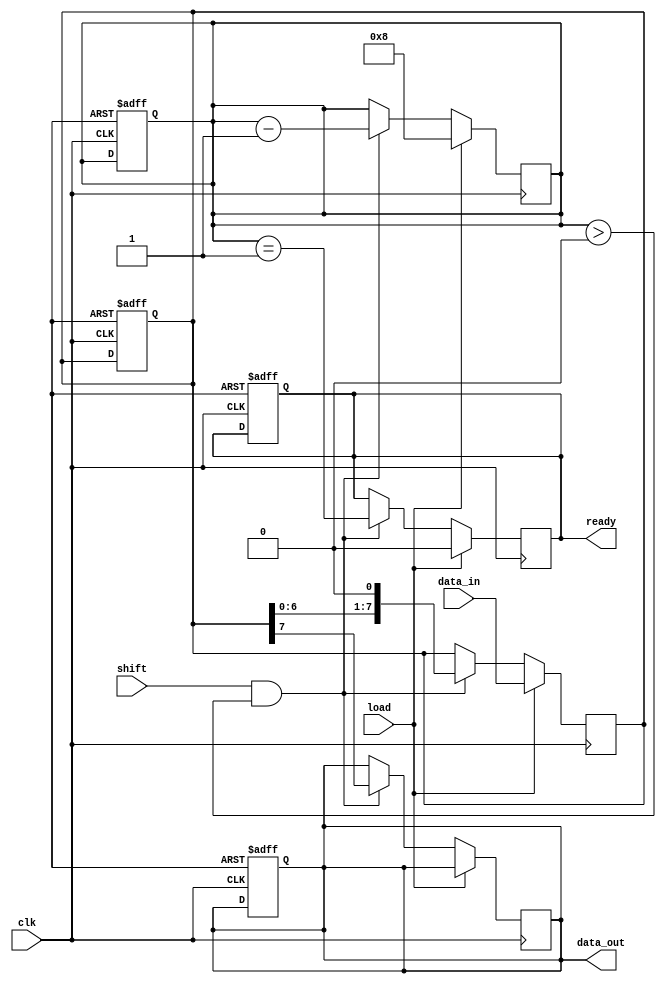
module PISO_Register #(
    parameter n = 8  // Width of the register (number of bits)
)(
    input wire clk,               // Clock signal
    input wire load,              // Load control signal
    input wire shift,             // Shift control signal
    input wire [n-1:0] data_in,   // Parallel input data bus
    output reg data_out,          // Serial output data line
    output reg ready              // Ready signal (optional)
);

reg [n-1:0] shift_reg;          // Shift register to hold the data
reg [3:0] bit_count;            // Count the number of bits shifted out

always @(posedge clk) begin
    if (load) begin
        // Load the data into the shift register
        shift_reg <= data_in;
        bit_count <= n;         // Initialize bit count to the width of the register
        ready <= 1'b0;          // Not ready while loading
    end else if (shift && bit_count > 0) begin
        // Shift the data out serially
        data_out <= shift_reg[n-1]; // Output the most significant bit
        shift_reg <= {shift_reg[n-2:0], 1'b0}; // Shift left, filling LSB with 0
        bit_count <= bit_count - 1; // Decrease the count of bits remaining to shift
        ready <= (bit_count == 1);  // Set ready when only one bit is left
    end
end

// Optional: Reset functionality
always @(posedge clk or negedge reset) begin
    if (!reset) begin
        shift_reg <= 0;          // Clear the shift register
        data_out <= 0;           // Clear the output
        bit_count <= 0;          // Clear the bit count
        ready <= 1'b1;           // Indicate readiness
    end
end

endmodule